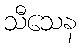
သီသေန